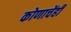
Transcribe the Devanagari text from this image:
कोणाचेंही